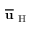
\overline { { \mathbf { u } } } _ { \mathrm { ~ H ~ } }